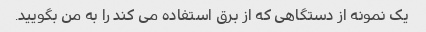
یک نمونه از دستگاهی که از برق استفاده می کند را به من بگویید.